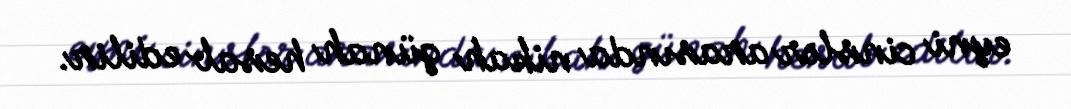
eyni cinslər arasında nikah günah hesab edilir.